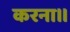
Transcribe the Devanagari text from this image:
करना।।